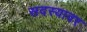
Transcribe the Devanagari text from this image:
सदस्यावर